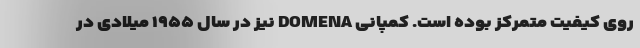
روی کیفیت متمرکز بوده است. کمپانی DOMENA نیز در سال ۱۹۵۵ میلادی در